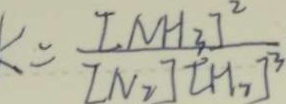
= \frac { [ N H _ { 3 } ] ^ { 2 } } { [ N _ { 2 } ] [ H _ { 2 } ] ^ { 3 } }